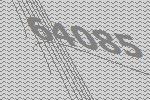
64085